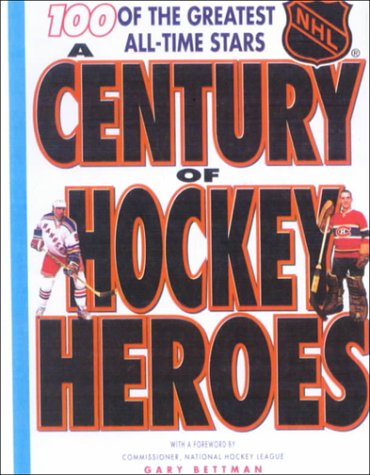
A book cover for Century of Hockey Heroes (Coolest Books on Earth); James Duplacey; Teen & Young Adult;